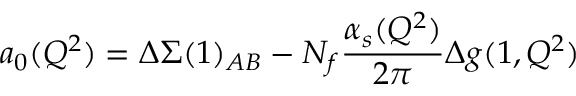
a _ { 0 } ( Q ^ { 2 } ) = \Delta \Sigma ( 1 ) _ { A B } - N _ { f } \frac { \alpha _ { s } ( Q ^ { 2 } ) } { 2 \pi } \Delta g ( 1 , Q ^ { 2 } )